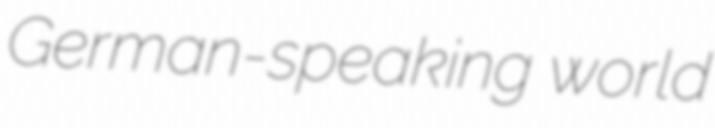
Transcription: German-speaking world